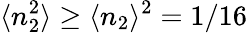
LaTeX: \langle n_{2}^{2}\rangle\geq\langle n_{2}\rangle^{2}=1/16